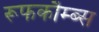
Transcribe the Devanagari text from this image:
रूफकौम्ब्स